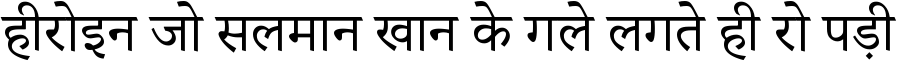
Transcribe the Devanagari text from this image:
हीरोइन जो सलमान खान के गले लगते ही रो पड़ी